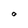
Character: O